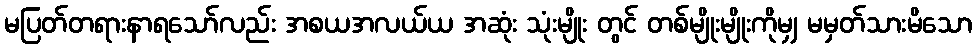
မပြတ်တရားနာရသော်လည်း အစယအလယ်ယ အဆုံး သုံးမျိုး တွင် တစ်မျိုးမျိုးကိုမျှ မမှတ်သားမိသော